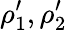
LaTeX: \rho_{1}^{\prime},\rho_{2}^{\prime}